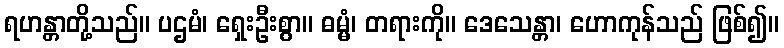
ရဟန္တာတို့သည်။ ပဌမံ၊ ရှေးဦးစွာ။ ဓမ္မံ၊ တရားကို။ ဒေသေန္တာ၊ ဟောကုန်သည် ဖြစ်၍။